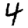
Digit: 4